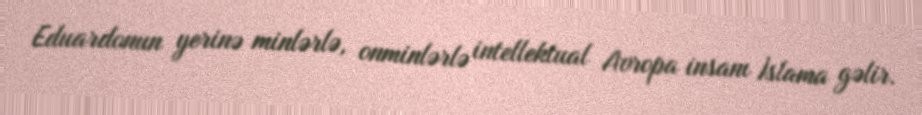
Eduardonun yerinə minlərlə, onminlərlə intellektual Avropa insanı İslama gəlir.